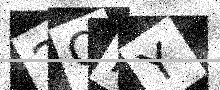
Text: 2QKY